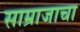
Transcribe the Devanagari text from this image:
साम्राजाचा